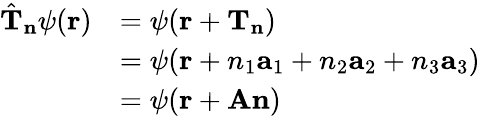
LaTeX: {\begin{array}{rl}{{\hat{\mathbf{T}}}_{\mathbf{n}}\psi(\mathbf{r})}&{=\psi(\mathbf{r}+\mathbf{T}_{\mathbf{n}})}\\ &{=\psi(\mathbf{r}+n_{1}\mathbf{a}_{1}+n_{2}\mathbf{a}_{2}+n_{3}\mathbf{a}_{3})}\\ &{=\psi(\mathbf{r}+\mathbf{A}\mathbf{n})}\end{array}}